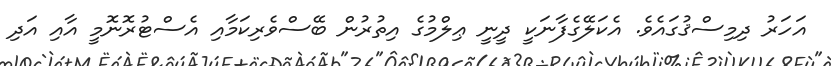
އަހަރު ދިމިސްޤުގައެވެ. އެކަލޭގެފާނަކީ ދީނީ ޢިލްމުގެ އިތުރުން ބޭސްވެރިކަމާއި އެސްޓުރޮނޮމީ އާއި އަދި